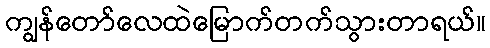
ကျွန်တော်လေထဲမြောက်တက်သွားတာရယ်။